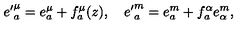
{ e ^ { \prime } } _ { a } ^ { \mu } = { e } _ { a } ^ { \mu } + f _ { a } ^ { \mu } ( z ) , \quad { e ^ { \prime } } _ { a } ^ { m } = e _ { a } ^ { m } + f _ { a } ^ { \alpha } e _ { \alpha } ^ { m } ,